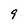
Character: 9